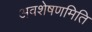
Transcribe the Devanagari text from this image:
अवशेषणमिति